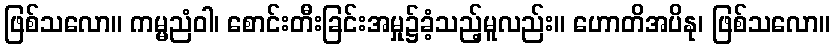
ဖြစ်သလော။ ကမ္မညံဝါ၊ စောင်းတီးခြင်းအမှု၌ခံ့သည့်မူလည်း။ ဟောတိအပိနု၊ ဖြစ်သလော။